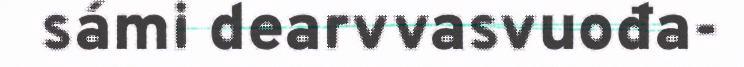
sámi dearvvasvuođa-